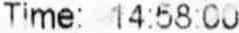
TIME: 14:58:00